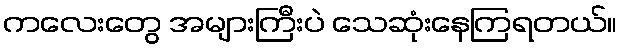
ကလေးတွေ အများကြီးပဲ သေဆုံးနေကြရတယ်။